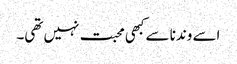
اسے وندنا سے کبھی محبت نہیں تھی۔